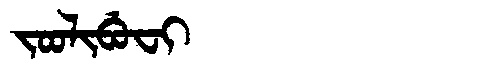
Manchu: ᠵᠣᠣᠯᡳᠪᡠᠸᡳ
Romanization: JOOLIBUFI